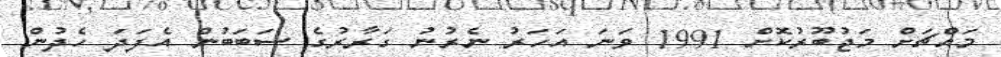
މައްޗަށް މަޖުބޫރުކޮށް 1991 ވަނަ އަހަރު ނެރުނު ގަރާރުގެ ސަބަބުން އެފަދަ ހެދުން